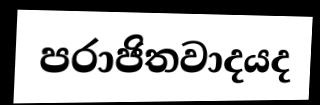
පරාජිතවාදයද